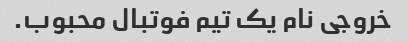
خروجی نام یک تیم فوتبال محبوب.